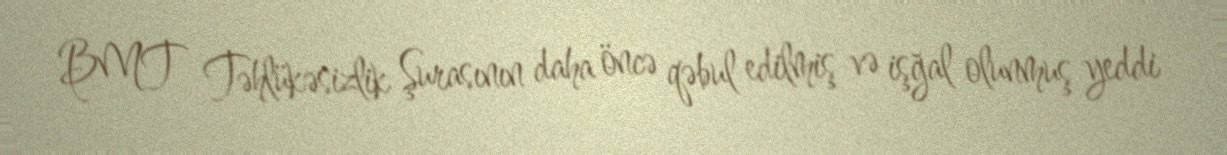
BMT Təhlükəsizlik Şurasının daha öncə qəbul edilmiş və işğal olunmuş yeddi